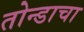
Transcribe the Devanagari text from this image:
तोन्डाचा